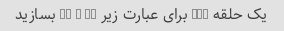
یک حلقه for برای عبارت زیر 10 + 2n بسازید